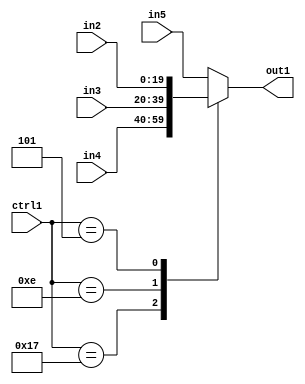
`timescale 1ps / 1ps
/*****************************************************************************
    Verilog RTL Description
    
    
    Created by: Stratus DpOpt 21.05.01 
*******************************************************************************/

module SobelFilter_N_Mux_20_4_7_4 (
	in5,
	in4,
	in3,
	in2,
	ctrl1,
	out1
	); /* architecture "behavioural" */ 
input [19:0] in5,
	in4,
	in3,
	in2;
input [4:0] ctrl1;
output [19:0] out1;
wire [19:0] asc001;

reg [19:0] asc001_tmp_0;
assign asc001 = asc001_tmp_0;
always @ (ctrl1 or in4 or in3 or in2 or in5) begin
	casez (ctrl1)
		5'B10111 : asc001_tmp_0 = in4 ;
		5'B01110 : asc001_tmp_0 = in3 ;
		5'B00101 : asc001_tmp_0 = in2 ;
		default : asc001_tmp_0 = in5 ;
	endcase
end

assign out1 = asc001;
endmodule

/* CADENCE  v7f3TQo= : u9/ySxbfrwZIxEzHVQQV8Q== ** DO NOT EDIT THIS LINE ******/